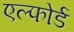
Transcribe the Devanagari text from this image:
एल्फोर्ड